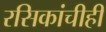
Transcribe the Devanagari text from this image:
रसिकांचीही